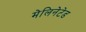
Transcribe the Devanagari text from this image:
मेलिनेटेड